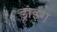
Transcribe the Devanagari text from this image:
ड्रांइंग